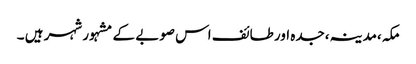
مکہ،مدینہ،جدہ اور طائف اس صوبے کے مشہور شہر ہیں ۔